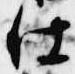
仕